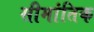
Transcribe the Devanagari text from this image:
सीमांतिक